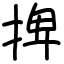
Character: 捭